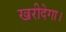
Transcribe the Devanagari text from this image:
खरीदेगा।